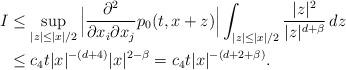
LaTeX: \begin{align*}\begin{aligned}I&\leq \sup_{|z|\leq |x|/2} \Big|\frac{\partial^2}{\partial x_i\partial x_j}p_0(t, x+z) \Big|\int_{|z|\leq |x|/2} \frac{|z|^2}{|z|^{d+\beta}}\,dz\\&\leq c_4t|x|^{-(d+4)}|x|^{2-\beta}=c_4t|x|^{-(d+2+\beta)}.\end{aligned}\end{align*}